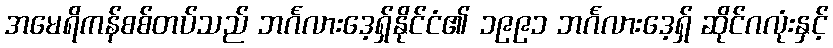
အမေရိကန်စစ်တပ်သည် ဘင်္ဂလားဒေ့ရှ်နိုင်ငံ၏ ၁၉၉၁ ဘင်္ဂလားဒေ့ရှ် ဆိုင်ဂလုံးနှင့်